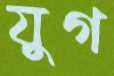
যুগ